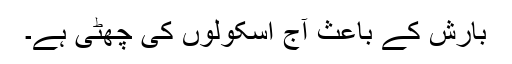
بارش کے باعث آج اسکولوں کی چھٹی ہے۔